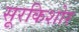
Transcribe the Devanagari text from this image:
सूरकिशोर